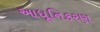
આધૂનિકરણ